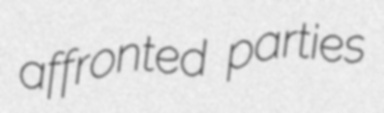
affronted parties